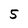
Character: 5